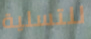
للتسلية